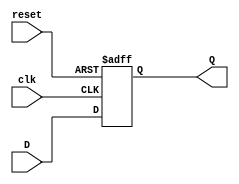
module FFD(input wire clk, reset, D, output reg Q);
    always @(posedge clk or posedge reset) begin
        if(reset==1'b1)
            Q <= 1'b0; //si el reset esta en uno entonces la salida se resetea
        else
            Q <= D; //de lo contrario la salida toma el valor de la entrada
    end
endmodule
module SelladoraBajos(input wire clk, reset, [2:0]TH, SR, TI1, output wire [2:0]SE, [1:0]PL, [2:0]C, EN);

    wire EF2, EF1, EF0; //los cables del estado futuro que entran al FFD
    wire E2, E1, E0; //los cables del estado actual que salen del FFD

    //logica del estado futuro
    assign EF2 = (E2 & E1 & E0) | (~E2 & E1 & ~E0 & TI1) | (E2 & ~E1 & ~E0 & ~TI1);
    assign EF1 = (~E2 & E1 & ~E0) | (~E2 & ~E1 & E0 & TI1) | (E2 & E1 & E0 & ~TI1);
    assign EF0 = (~E2 & E1 & ~E0 & TI1) | (E2 & E1 & E0 & ~TI1) | (~E2 & ~E1 & E0 & ~TI1) |
    (~E2 & ~E1 & ~E0 & TH[2] & TH[1] & TH[0] & ~SR) | (~E2 & ~E1 & ~E0 & ~TH[2] & ~TH[1] & TH[0] & ~SR) |
    (~E2 & ~E1 & ~E0 & TH[2] & ~TH[1] & ~TH[0] & ~SR);

    //logica del estado actual
    assign SE[2] = (E2 & ~E1 & ~E0);
    assign SE[1] = (E2 & ~E1 & ~E0);
    assign SE[0] = (E2 & E1 & E0) | (~E2 & E1 & ~E0);
    assign PL[1] = 0;
    assign PL[0] = (E2 & ~E1 & ~E0);
    assign C[2] = (E2 & E1 & E0) | (E2 & ~E1 & ~E0);
    assign C[1] = (E2 & E1 & E0) | (E2 & ~E1 & ~E0);
    assign C[0] = (~E2 & ~E1 & E0) | (~E2 & E1 & ~E0);
    assign EN = (E2 & E1 & E0) | (~E2 & ~E1 & E0) | (~E2 & E1 & ~E0) | (E2 & ~E1 & ~E0);

    //tres FF
    FFD Bajos2(clk, reset, EF2, E2);
    FFD Bajos1(clk, reset, EF1, E1);
    FFD Bajos0(clk, reset, EF0, E0);

endmodule